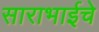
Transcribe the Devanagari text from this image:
साराभाईचे